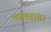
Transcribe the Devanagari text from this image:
लालडांग।